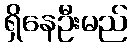
ရှိနေဦးမည်